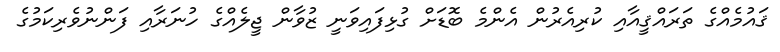
ޤައުމެއްގެ ތަރައްޤީއާއި ކުރިއެރުން އެންމެ ބޮޑަށް ގުޅިފައިވަނީ ޒުވާން ޖީލެއްގެ ހުނަރާއި ފަންނުވެރިކަމުގެ